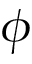
\phi